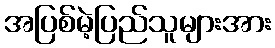
အပြစ်မဲ့ပြည်သူများအား